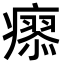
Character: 𤺟